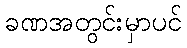
ခဏအတွင်းမှာပင်